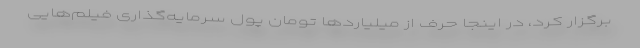
برگزار کرد، در اینجا حرف از میلیاردها تومان پول سرمایه‌گذاری فیلم‌هایی